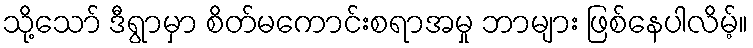
သို့သော် ဒီရွာမှာ စိတ်မကောင်းစရာအမှု ဘာများ ဖြစ်နေပါလိမ့်။